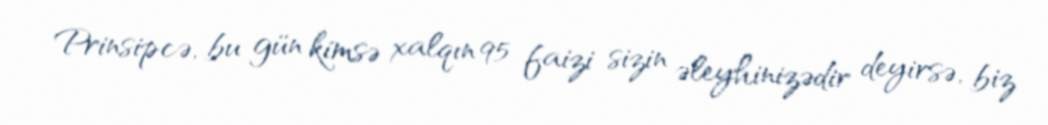
Prinsipcə, bu gün kimsə xalqın 95 faizi sizin əleyhinizədir deyirsə, biz